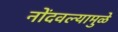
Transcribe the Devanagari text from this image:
नोंदवल्यामुळे